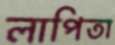
লাপিতা